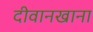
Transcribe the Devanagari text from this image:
दीवानखाना